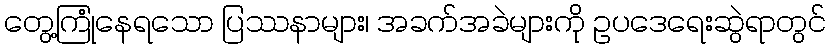
တွေ့ကြုံနေရသော ပြဿနာများ၊ အခက်အခဲများကို ဥပဒေရေးဆွဲရာတွင်